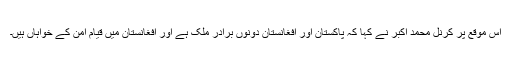
اس موقع پر کرنل محمد اکبر نے کہا کہ پاکستان اور افغانستان دونوں برادر ملک ہے اور افغانستان میں قیام امن کے خواہاں ہیں۔